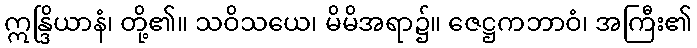
ဣန္ဒြိယာနံ၊ တို့၏။ သဝိသယေ၊ မိမိအရာ၌။ ဇေဋ္ဌကဘာဝံ၊ အကြီး၏